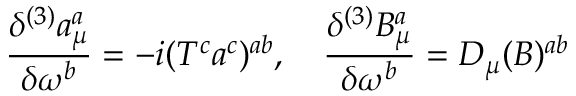
\frac { \delta ^ { ( 3 ) } a _ { \mu } ^ { a } } { \delta \omega ^ { b } } = - i ( T ^ { c } a ^ { c } ) ^ { a b } , \quad \frac { \delta ^ { ( 3 ) } B _ { \mu } ^ { a } } { \delta \omega ^ { b } } = D _ { \mu } ( B ) ^ { a b }